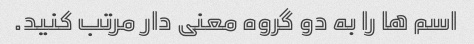
اسم ها را به دو گروه معنی دار مرتب کنید.